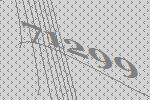
71299